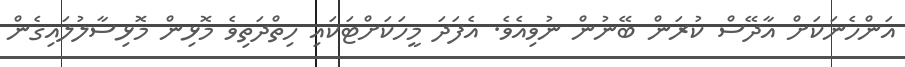
އަންހެނަކަށް އާދޭސް ކުރަން ބޭނުން ނުވިއެވެ. އެފަދަ މީހަކަށްޓަކައި ހިތްދަތިވެ މޮޅިން މޮޅިސާލުލައިގެން